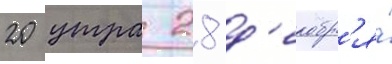
20 утра 28 д'екабр'я́